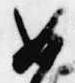
如